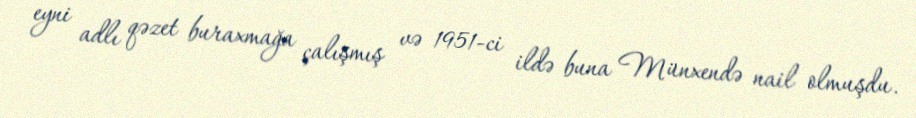
eyni adlı qəzet buraxmağa çalışmış və 1951-ci ildə buna Münxendə nail olmuşdu.